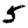
Digit: 5